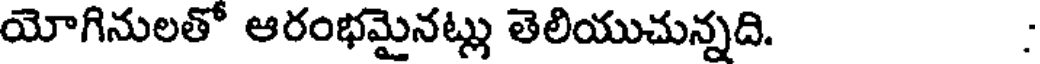
యోగినులతో ఆరంభమైనట్లు తెలియుచున్నది. .